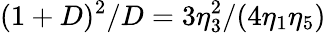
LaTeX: (1+D)^{2}/D=3\eta_{3}^{2}/(4\eta_{1}\eta_{5})